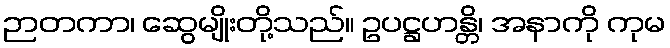
ဉာတကာ၊ ဆွေမျိုးတို့သည်။ ဥပဋ္ဌဟန္တိ၊ အနာကို ကုမ